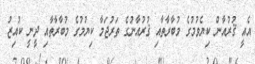
އެއީ ޤުރުއާން ކިޔެވުމުގެ މުބާރާތާއި ޤުރުއާނުގެ ތަރުޖަމާ ކިޔުމުގެ މުބާރާތާއި ދީނީ ކުއިޒު